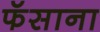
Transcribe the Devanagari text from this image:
फॅसाना